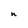
Character: n